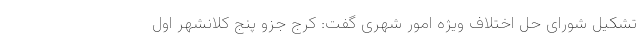
تشکیل شورای حل اختلاف ویژه امور شهری گفت: کرج جزو پنج کلانشهر اول